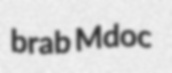
brab Mdoc